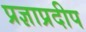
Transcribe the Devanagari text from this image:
प्रज्ञाप्रदीप